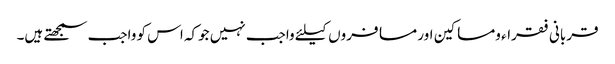
قربانی فقراء ومساکین اور مسافروں کیلئے واجب نہیں جوکہ اس کو واجب سمجھتے ہیں۔